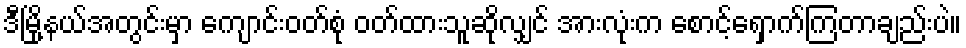
ဒီမြို့နယ်အတွင်းမှာ ကျောင်းဝတ်စုံ ဝတ်ထားသူဆိုလျှင် အားလုံးက စောင့်ရှောက်ကြတာချည်းပဲ။